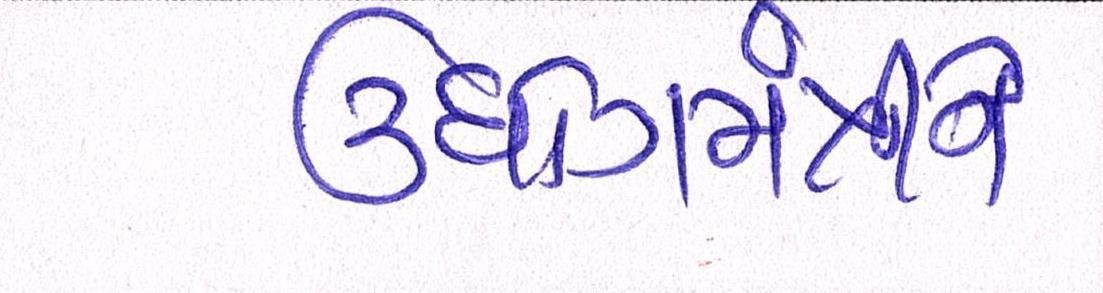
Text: ઉધોગમંત્રીને